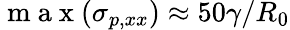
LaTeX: \mathrm{~m~a~x~}(\sigma_{p,xx})\approx 50\gamma/R_{0}